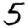
Digit: 5